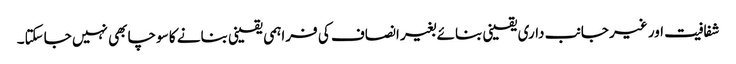
شفافیت اور غیر جانب داری یقینی بنائے بغیر انصاف کی فراہمی یقینی بنانے کا سوچا بھی نہیں جاسکتا۔